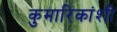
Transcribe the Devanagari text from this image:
कुमारिकांशी